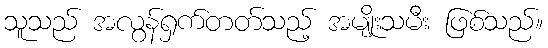
သူသည် အလွန်ရှက်တတ်သည့် အမျိုးသမီး ဖြစ်သည်။